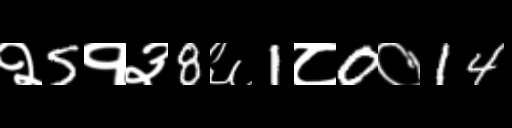
Text: २5१३8६1८0०14